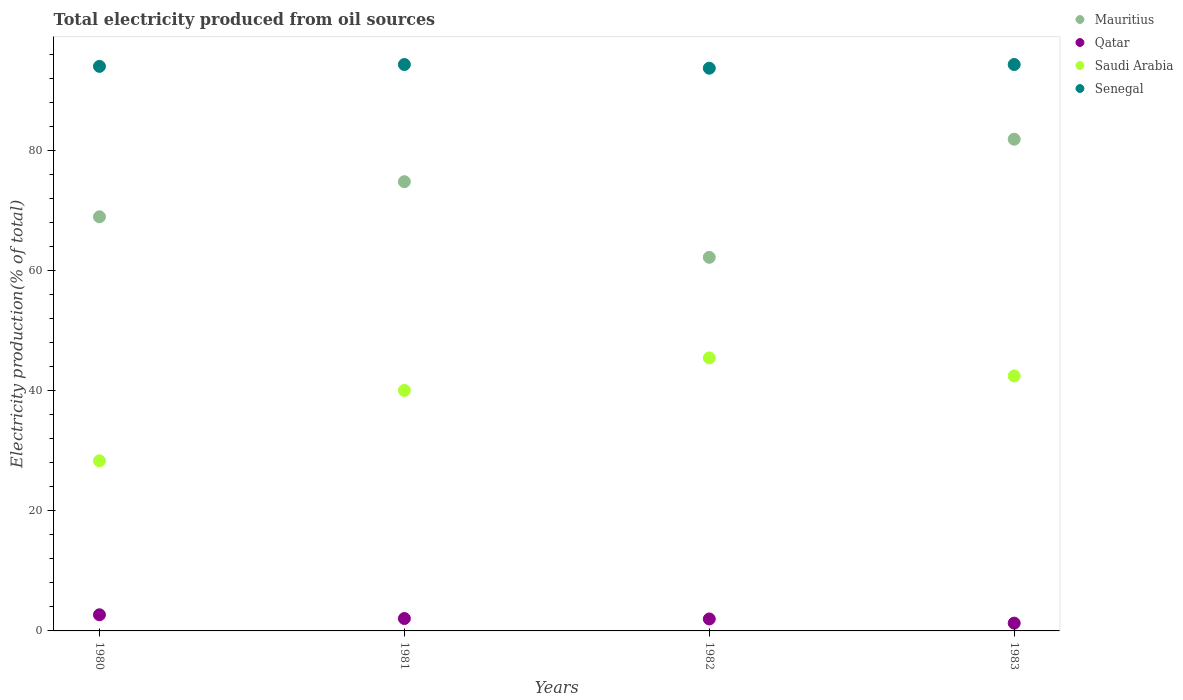
| Years | Mauritius | Qatar | Saudi Arabia | Senegal |
 | --- | --- | --- | --- | --- |
 | 1980 | 69 | 2.69 | 28.3 | 94.1 |
 | 1981 | 74.9 | 2.07 | 40.1 | 94.4 |
 | 1982 | 62.3 | 1.99 | 45.5 | 93.8 |
 | 1983 | 81.9 | 1.3 | 42.5 | 94.4 |